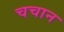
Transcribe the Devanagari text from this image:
चचान